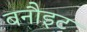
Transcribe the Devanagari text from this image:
बनौइट